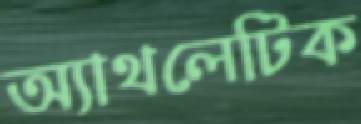
অ্যাথলেটিক